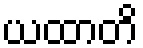
ယထာတိ